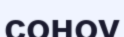
соноу